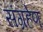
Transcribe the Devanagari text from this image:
संग्रहेण